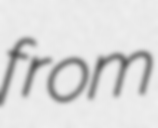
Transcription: from